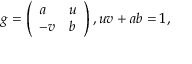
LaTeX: g = \left( \begin{array} { l l } { { a } } & { { u } } \\ { { - v } } & { { b } } \end{array} \right) , u v + a b = 1 ,